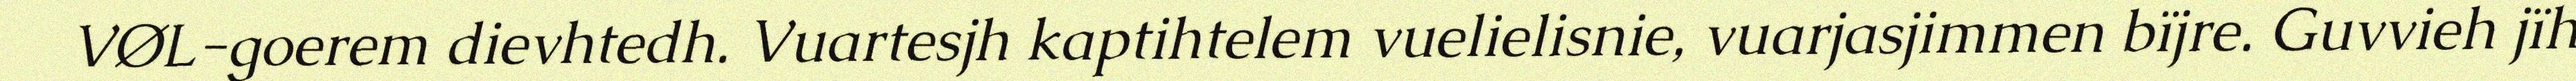
VØL-goerem dievhtedh. Vuartesjh kaptihtelem vuelielisnie, vuarjasjimmen bïjre. Guvvieh jïh